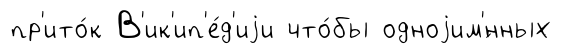
пр'ито́к В'ик'ип'е́д'иjи что́бы одноjим'́нных